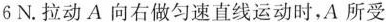
6N.拉动A向右做匀速直线运动时，A所受